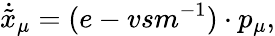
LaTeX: \dot{\tilde{x}}_{\mu}=(e-vsm^{-1})\cdot p_{\mu},